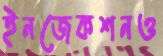
ইনজেকশনও